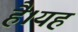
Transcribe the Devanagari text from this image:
हैै।यह